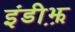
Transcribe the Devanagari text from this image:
इंडीझ़़